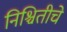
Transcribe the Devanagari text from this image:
निश्चितीचे